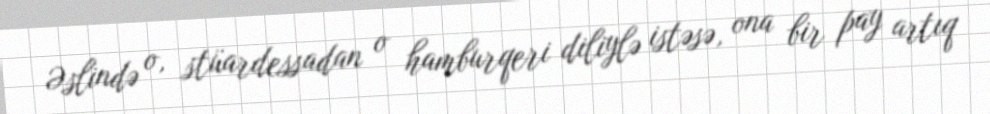
Əslində o, stüardessadan o hamburqeri diliylə istəsə, ona bir pay artıq